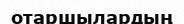
отаршылардың